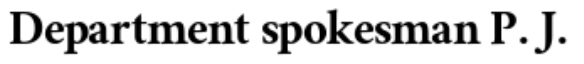
Department spokesman P. J.